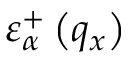
\varepsilon _ { \alpha } ^ { + } \left( { { q } _ { x } } \right)